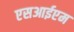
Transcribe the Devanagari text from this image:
एसआईएम